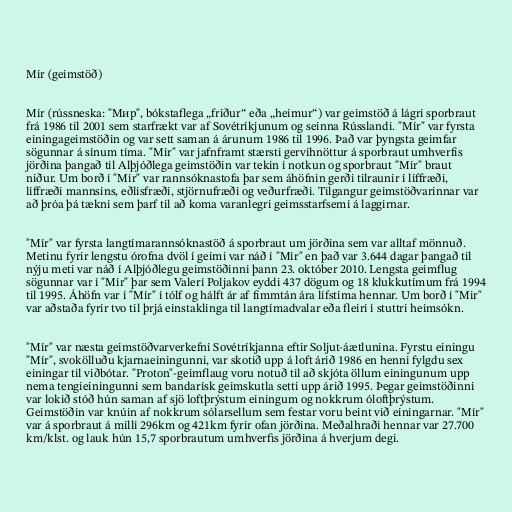
Mír (geimstöð)

Mír (rússneska: "Мир", bókstaflega „friður“ eða „heimur“) var geimstöð á lágri sporbraut
frá 1986 til 2001 sem starfrækt var af Sovétríkjunum og seinna Rússlandi. "Mír" var fyrsta
einingageimstöðin og var sett saman á árunum 1986 til 1996. Það var þyngsta geimfar
sögunnar á sínum tíma. "Mír" var jafnframt stærsti gervihnöttur á sporbraut umhverfis
jörðina þangað til Alþjóðlega geimstöðin var tekin í notkun og sporbraut "Mír" braut
niður. Um borð í "Mír" var rannsóknastofa þar sem áhöfnin gerði tilraunir í líffræði,
líffræði mannsins, eðlisfræði, stjörnufræði og veðurfræði. Tilgangur geimstöðvarinnar var
að þróa þá tækni sem þarf til að koma varanlegri geimsstarfsemi á laggirnar.

"Mír" var fyrsta langtímarannsóknastöð á sporbraut um jörðina sem var alltaf mönnuð.
Metinu fyrir lengstu órofna dvöl í geimi var náð í "Mír" en það var 3.644 dagar þangað til
nýju meti var náð í Alþjóðlegu geimstöðinni þann 23. október 2010. Lengsta geimflug
sögunnar var í "Mír" þar sem Valerí Poljakov eyddi 437 dögum og 18 klukkutímum frá 1994
til 1995. Áhöfn var í "Mír" í tólf og hálft ár af fimmtán ára lífstíma hennar. Um borð í "Mir"
var aðstaða fyrir tvo til þrjá einstaklinga til langtímadvalar eða fleiri í stuttri heimsókn.

"Mír" var næsta geimstöðvarverkefni Sovétríkjanna eftir Soljut-áætlunina. Fyrstu einingu
"Mír", svokölluðu kjarnaeiningunni, var skotið upp á loft árið 1986 en henni fylgdu sex
einingar til viðbótar. "Proton"-geimflaug voru notuð til að skjóta öllum einingunum upp
nema tengieiningunni sem bandarísk geimskutla setti upp árið 1995. Þegar geimstöðinni
var lokið stóð hún saman af sjö loftþrýstum einingum og nokkrum óloftþrýstum.
Geimstöðin var knúin af nokkrum sólarsellum sem festar voru beint við einingarnar. "Mír"
var á sporbraut á milli 296km og 421km fyrir ofan jörðina. Meðalhraði hennar var 27.700
km/klst. og lauk hún 15,7 sporbrautum umhverfis jörðina á hverjum degi.